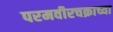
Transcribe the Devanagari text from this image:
परमवीरचक्राच्या